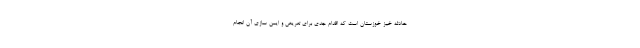
حادثه خیز خوزستان است که اقدام جدی برای تعریض و ایمن سازی آن انجام